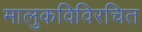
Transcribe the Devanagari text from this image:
मालुकविविरचित